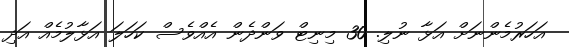
އަހަރުމެންނަށް އަޅާ ނުލި. 30 މިނިޓް ވަންދެން އެއްވެސް ކަހަލަ އަޅާލުމެއް އަދި